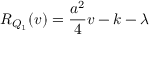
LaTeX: R _ { Q _ { 1 } } ( v ) = \frac { a ^ { 2 } } { 4 } v - k - \lambda